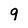
Character: 9